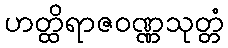
ဟတ္ထိရာဇဝဏ္ဏသုတ္တံ